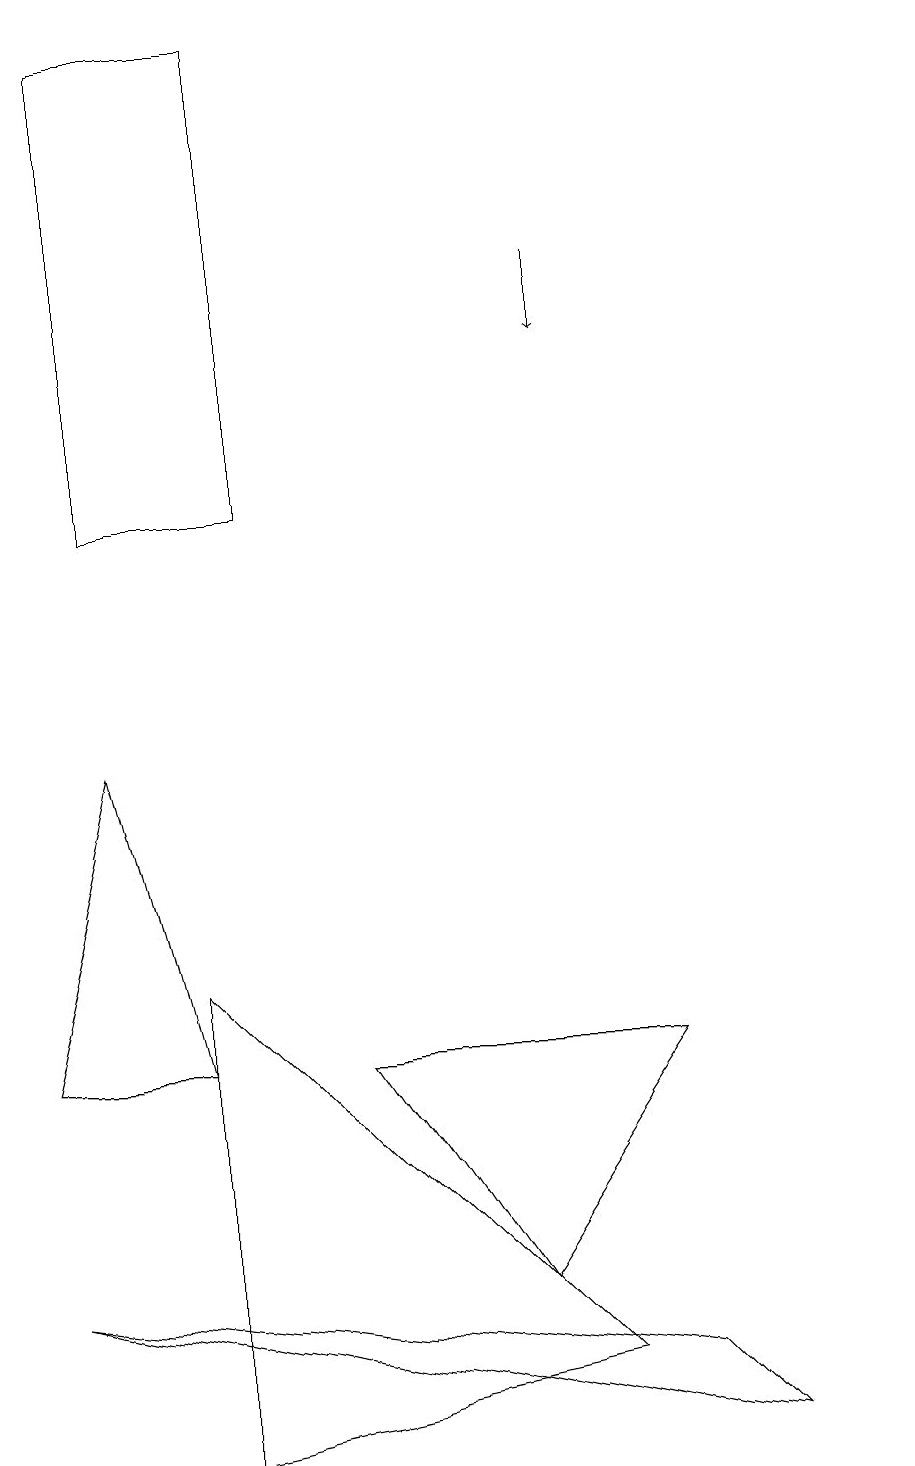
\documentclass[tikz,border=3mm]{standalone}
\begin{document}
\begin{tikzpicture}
\draw (3,18) rectangle (1,12);
\draw (9,0) -- (0,2) -- (8,1) -- cycle;
\draw[->] (7,15) -- (7,14);
\draw (0,5) -- (1,9) -- (2,5) -- cycle;
\draw (8,5) -- (6,2) -- (4,5) -- cycle;
\draw (11,10) circle (0);
\draw (7,1) -- (2,6) -- (2,0) -- cycle;
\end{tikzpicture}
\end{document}